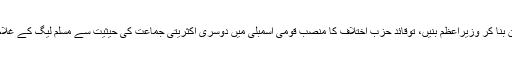
بے نظیر صاحبہ کو لیشن بنا کر وزیراعظم بنیں، توقائدِ حزبِ اختلاف کا منصب قومی اسمبلی میں دوسری اکثریتی جماعت کی حیثیت سے مسلم لیگ کے غلام حیدر وائیں نے سنبھالا۔